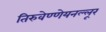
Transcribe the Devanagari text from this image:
तिरुवेण्णेयनल्लूर